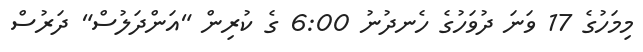
މިމަހުގެ 17 ވަނަ ދުވަހުގެ ހެނދުނު 6:00 ގެ ކުރިން "އަންދަލުސް" ދަރުސް